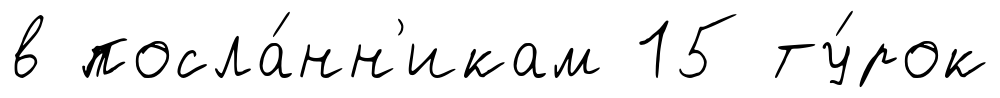
в посла́нн'икам 15 ту́рок